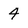
Character: 4